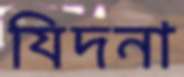
যিদনা